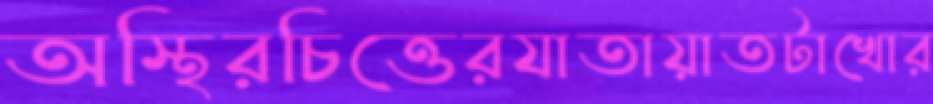
অস্থিরচিত্তেরযাতায়াতটাখোর